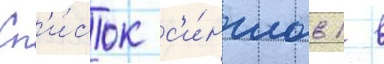
Сп'и́сок с'и́нглов 1 в